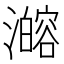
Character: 𰝦